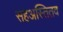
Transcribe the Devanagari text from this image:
सहअस्तितव